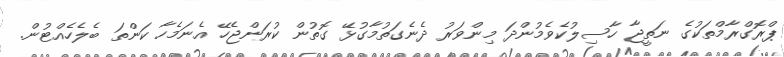
ޕްރޮގްރާމްތަކުގެ ނަތީޖާ ހާސިލުކެވެމުންދަ މިންވަރު ދެނެގަތުމާގުޅޭ ގޮތުން ކުރަންޖެހޭ އެނަމެހާ ކަންތަ ބެލެހެއްޓުން.